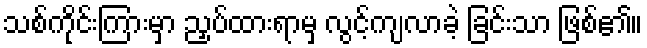
သစ်ကိုင်းကြားမှာ ညှပ်ထားရာမှ လွင့်ကျလာခဲ့ ခြင်းသာ ဖြစ်၏။